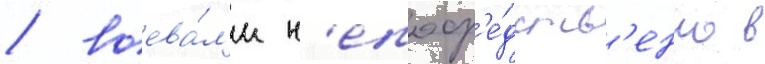
/ воева́л'и н'епоср'е́дств'енно в